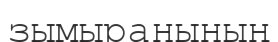
зымыранының